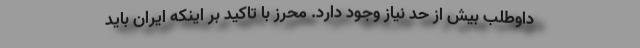
داوطلب بیش از حد نیاز وجود دارد. محرز با تاکید بر اینکه ایران باید